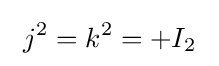
~j^{2}=k^{2}=+I_{2}~